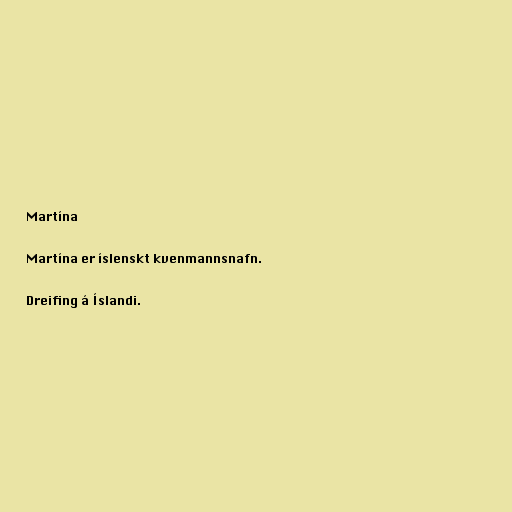
Martína

Martína er íslenskt kvenmannsnafn.

Dreifing á Íslandi.